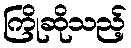
ကြိုဆိုသည့်